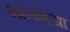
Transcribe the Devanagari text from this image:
मानगया